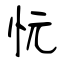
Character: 忨